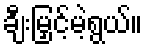
ချီးမြှင့်မဲ့ရွယ်။